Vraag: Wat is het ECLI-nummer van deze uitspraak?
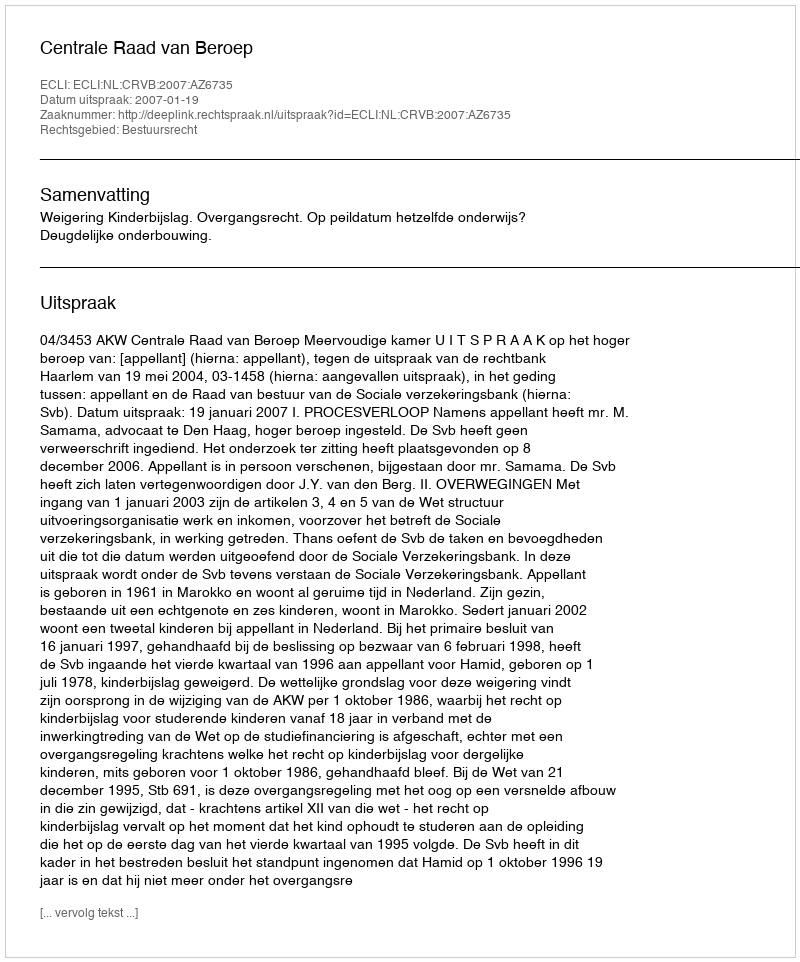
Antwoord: ECLI:NL:CRVB:2007:AZ6735